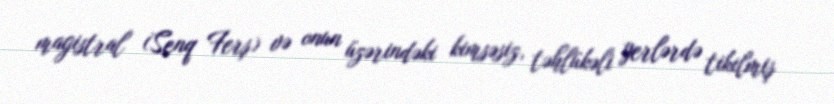
magistral (Senq Ferş) və onun üzərindəki kimsəsiz, təhlükəli yerlərdə tikilmiş